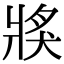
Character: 𤟌